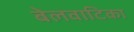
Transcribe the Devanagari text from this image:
बेलवाटिका